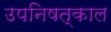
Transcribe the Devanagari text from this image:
उपनिषत्काल